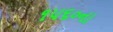
૧૫૬૦ના